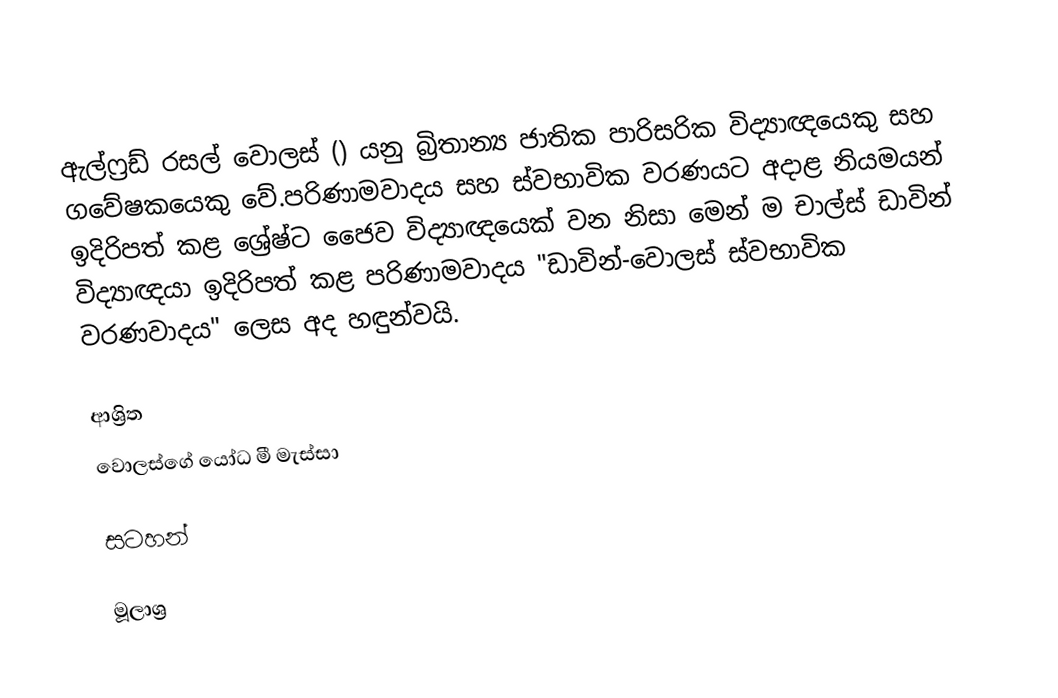
ඇල්ෆ්‍රඩ් රසල් වොලස් () යනු බ්‍රිතාන්‍ය ජාතික පාරිසරික විද්‍යාඥයෙකු සහ ගවේෂකයෙකු වේ.පරිණාමවාදය සහ ස්වභාවික වරණයට අදාළ නියමයන් ඉදිරිපත් කළ ශ්‍රේෂ්ට ජෛව විද්‍යාඥයෙක් වන නිසා මෙන් ම චාල්ස් ඩාවින් විද්‍යාඥයා ඉදිරිපත් කළ පරිණාමවාදය "ඩාවින්-වොලස් ස්වභාවික වරණවාදය" ලෙස අද හඳුන්වයි.

ආශ්‍රිත
 වොලස්ගේ යෝධ මී මැස්සා

සටහන්

මූලාශ්‍ර